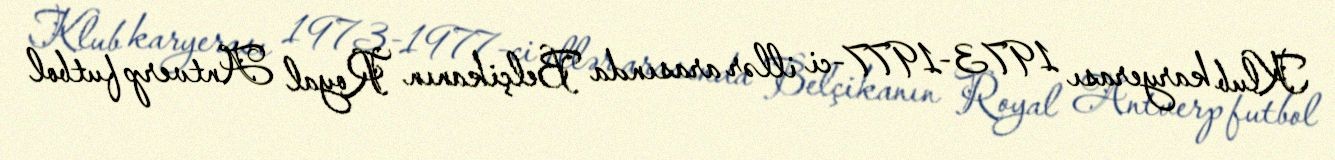
Klub karyerası 1973-1977-ci illər arasında Belçikanın Royal Antverp futbol